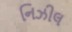
નિઝીલ